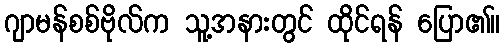
ဂျာမန်စစ်ဗိုလ်က သူ့အနားတွင် ထိုင်ရန် ပြော၏။